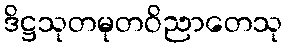
ဒိဋ္ဌသုတမုတဝိညာတေသု